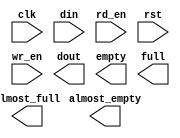
module srlfifo39(
	clk,
	din,
	rd_en,
	rst,
	wr_en,
	almost_empty,
	almost_full,
	dout,
	empty,
	full);


input clk;
input [38 : 0] din;
input rd_en;
input rst;
input wr_en;
output almost_empty;
output almost_full;
output [38 : 0] dout;
output empty;
output full;

// synthesis translate_off

      FIFO_GENERATOR_V4_4 #(
		.C_COMMON_CLOCK(1),
		.C_COUNT_TYPE(0),
		.C_DATA_COUNT_WIDTH(4),
		.C_DEFAULT_VALUE("BlankString"),
		.C_DIN_WIDTH(39),
		.C_DOUT_RST_VAL("0"),
		.C_DOUT_WIDTH(39),
		.C_ENABLE_RLOCS(0),
		.C_FAMILY("virtex5"),
		.C_FULL_FLAGS_RST_VAL(1),
		.C_HAS_ALMOST_EMPTY(1),
		.C_HAS_ALMOST_FULL(1),
		.C_HAS_BACKUP(0),
		.C_HAS_DATA_COUNT(0),
		.C_HAS_INT_CLK(0),
		.C_HAS_MEMINIT_FILE(0),
		.C_HAS_OVERFLOW(0),
		.C_HAS_RD_DATA_COUNT(0),
		.C_HAS_RD_RST(0),
		.C_HAS_RST(1),
		.C_HAS_SRST(0),
		.C_HAS_UNDERFLOW(0),
		.C_HAS_VALID(0),
		.C_HAS_WR_ACK(0),
		.C_HAS_WR_DATA_COUNT(0),
		.C_HAS_WR_RST(0),
		.C_IMPLEMENTATION_TYPE(1),
		.C_INIT_WR_PNTR_VAL(0),
		.C_MEMORY_TYPE(3),
		.C_MIF_FILE_NAME("BlankString"),
		.C_MSGON_VAL(1),
		.C_OPTIMIZATION_MODE(0),
		.C_OVERFLOW_LOW(0),
		.C_PRELOAD_LATENCY(1),
		.C_PRELOAD_REGS(0),
		.C_PRIM_FIFO_TYPE("512x72"),
		.C_PROG_EMPTY_THRESH_ASSERT_VAL(2),
		.C_PROG_EMPTY_THRESH_NEGATE_VAL(3),
		.C_PROG_EMPTY_TYPE(0),
		.C_PROG_FULL_THRESH_ASSERT_VAL(14),
		.C_PROG_FULL_THRESH_NEGATE_VAL(13),
		.C_PROG_FULL_TYPE(0),
		.C_RD_DATA_COUNT_WIDTH(4),
		.C_RD_DEPTH(16),
		.C_RD_FREQ(1),
		.C_RD_PNTR_WIDTH(4),
		.C_UNDERFLOW_LOW(0),
		.C_USE_DOUT_RST(1),
		.C_USE_ECC(0),
		.C_USE_EMBEDDED_REG(0),
		.C_USE_FIFO16_FLAGS(0),
		.C_USE_FWFT_DATA_COUNT(0),
		.C_VALID_LOW(0),
		.C_WR_ACK_LOW(0),
		.C_WR_DATA_COUNT_WIDTH(4),
		.C_WR_DEPTH(16),
		.C_WR_FREQ(1),
		.C_WR_PNTR_WIDTH(4),
		.C_WR_RESPONSE_LATENCY(1))
	inst (
		.CLK(clk),
		.DIN(din),
		.RD_EN(rd_en),
		.RST(rst),
		.WR_EN(wr_en),
		.ALMOST_EMPTY(almost_empty),
		.ALMOST_FULL(almost_full),
		.DOUT(dout),
		.EMPTY(empty),
		.FULL(full),
		.INT_CLK(),
		.BACKUP(),
		.BACKUP_MARKER(),
		.PROG_EMPTY_THRESH(),
		.PROG_EMPTY_THRESH_ASSERT(),
		.PROG_EMPTY_THRESH_NEGATE(),
		.PROG_FULL_THRESH(),
		.PROG_FULL_THRESH_ASSERT(),
		.PROG_FULL_THRESH_NEGATE(),
		.RD_CLK(),
		.RD_RST(),
		.SRST(),
		.WR_CLK(),
		.WR_RST(),
		.DATA_COUNT(),
		.OVERFLOW(),
		.PROG_EMPTY(),
		.PROG_FULL(),
		.VALID(),
		.RD_DATA_COUNT(),
		.UNDERFLOW(),
		.WR_ACK(),
		.WR_DATA_COUNT(),
		.SBITERR(),
		.DBITERR());


// synthesis translate_on

endmodule